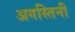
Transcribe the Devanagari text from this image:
अगस्तिनी